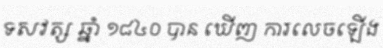
ទសវត្ស ឆ្នាំ ១៨៤០ បាន ឃើញ ការលេចឡើង